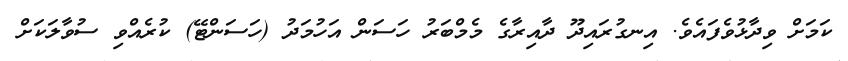
ކަމަށް ވިދާޅުވެފައެވެ. އިނގުރައިދޫ ދާއިރާގެ މެމްބަރު ހަސަން އަހުމަދު (ހަސަންޓޭ) ކުރެއްވި ސުވާލަކަށް